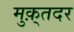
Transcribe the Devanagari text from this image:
मुक़्तदर